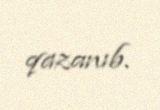
qazanıb.